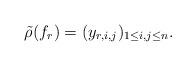
LaTeX: \begin{align*}\tilde{\rho}(f_r)=(y_{r,i,j})_{1\le i,j\le n}.\end{align*}